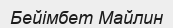
Бейімбет Майлин